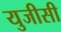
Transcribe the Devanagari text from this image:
युजीसी